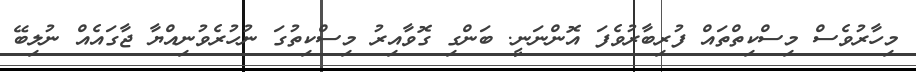
މިހާރުވެސް މިސްކިތްތައް ފުރިބާރުވެފަ އޮންނަނީ. ބަންގި ގޮވާއިރު މިސްކިތުގަ ނުހުރެވުނިއްޔާ ޖާގައެއް ނުލިބޭ